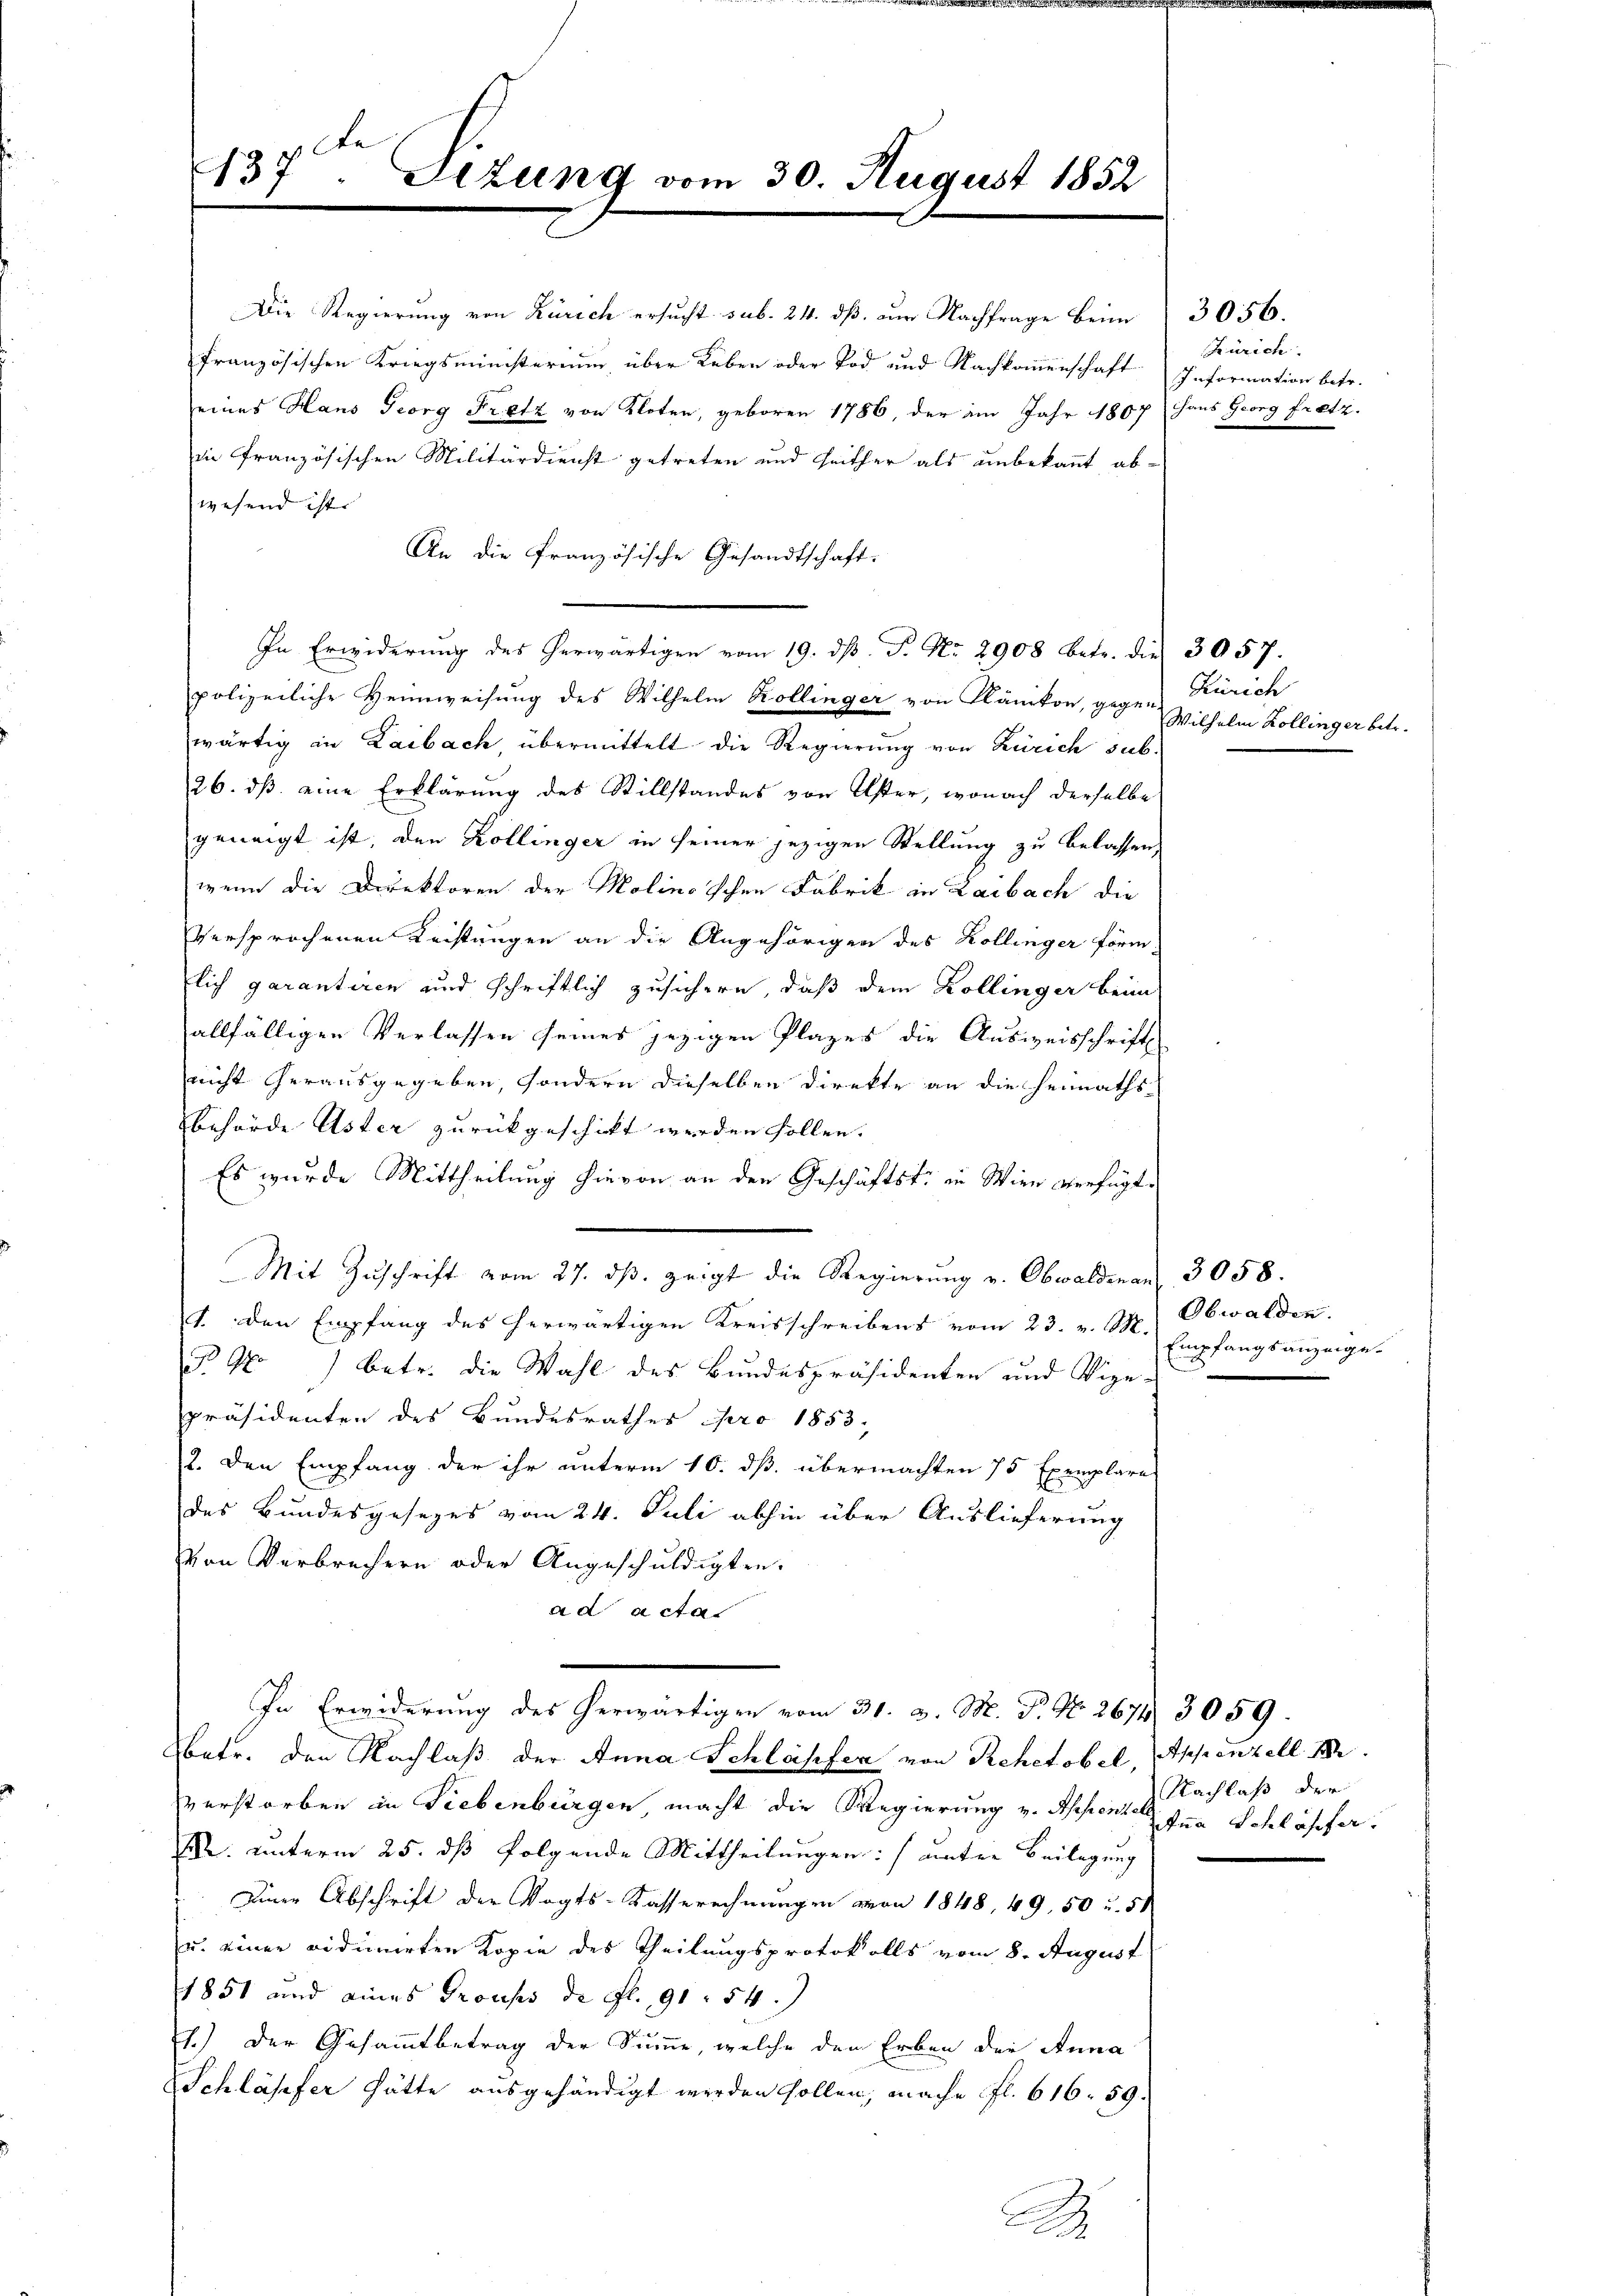
437ten Sizung vom 30. August 1852

französischen Kriegsministerium über Leben oder Tod und Nachkommenschaft
eines Haus Georg Pretz von Kloten, geboren 1786, der im Jahr 1807
di französischen Militärdienst getreten und seither als unbekannt, ab-
wesend ist.
An die französische Gesandtschaft:
In Erwiderŭng des herwärtigen vom 19. dβ. P. Nr. 2908 betr. die 3057.
polizeiliche Heimweisung des Wilhelm Kollinger von Klänikon, gegen Zürich
wärtig in Laibach, übermittelt die Regierŭng von Zürich sub.
26. dß eine Erklärung des Stillstandes von Uster, wonach derselbe
geneigt ist, den Kollinger in seiner jezigen Stellung zu belassen,
wenn die Direktoren der Molinoischen Fabrik in Laibach die
versprochenen Leistungen an die Angehörigen des Kollinger förm-
lich garantiren und schriftlich zusichern, daß dem Kollinger beim
allfälligen Verlassen seines jezigen Plazes die Ausweisschrift
nicht herausgegeben, sondern dieselben Direkte an die Heimaths-
behörde Uster zurückgeschickt werden sollen.
Es wurde Mittheilung hievon an den Geschäftst: in Wien verfügte
Mit Zuschrift vom 27. dβ zeigt die Regierung v. Obwaldenan 3058.
1. Den Empfang des herwärtigen Kreisschreibens vom 23. v. M.
P 96) betr. die Wahl des Bundespräsidenten und Vize-
präsidenten des Bundesrathes pro 1853,
2. Den Empfang der ihr unterm 10. ds. übermachten 15 Exemplare
des Bundesgesezes vom 24. Juli abhin über Auslieferung
Von Verbrechern oder Angeschuldigten.
ad acta
In Erwiderung des herwärtigen vom 31. d. M. P. Nr. 2674 3059.
betr. den Nachlaß der Anna Schläpfer von Rehetobel, Appenzell Br
verstorben in Liebenbürgen macht die Regierung v. Appenze Ina Schläpfer.
M. unterm 25. dß folgende Mittheilungen: (unter Beilagung
Diner Abschrift der Vogts-Kasserechnungen von 1848, 49, 50 u. 51
u. einer vidimirten Kopie des Theilungsprotokolls vom 8. August
1851 und eines Proups de fl. 91. 54.
1.) Der Gesammtbetrag der Summe, welche den Erben der Anna
Schläsefer hätte ausgehändigt werden sollen, mache fl. 616. 50.
.

Die Regierung von Zürich ersucht sub. 24. dß. zur Nachfrage beim

3056.
Zürich.
Information betr.
Haus Georg Fritz.

Wilhelm Kollinger betr.

Obwalden.
Empfangsanzeige

Nachlaß der